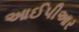
આઈપીઆર